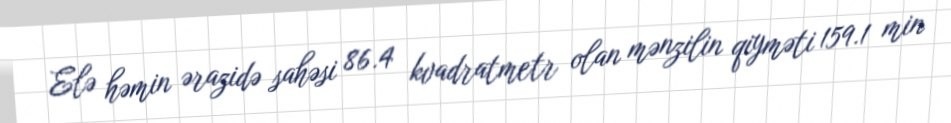
Elə həmin ərazidə sahəsi 86.4 kvadratmetr olan mənzilin qiyməti 159.1 min